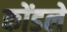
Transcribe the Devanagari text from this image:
कोंडले